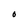
Character: O